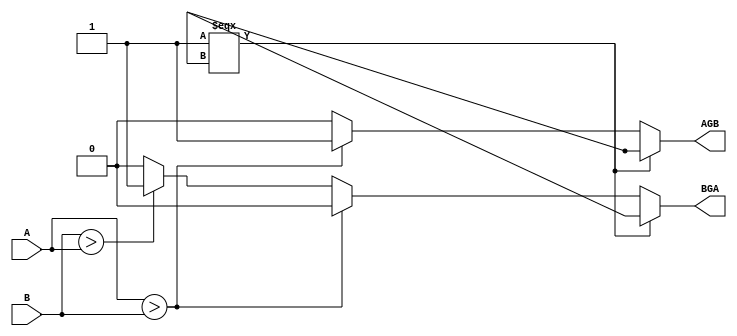
//------------------------------------------------------
// Copyright 1992, 1993 Cascade Design Automation Corporation.
//------------------------------------------------------
module mcomp(A,B,AGB,BGA);
  parameter N = 8;
  parameter DPFLAG = 1;
  parameter GROUP = "dpath1";
  parameter
        d_A = 0,
        d_B = 0,
        d_AGB_r = 1,
        d_AGB_f = 1,
        d_BGA_r = 1,
        d_BGA_f = 1;
  input [(N - 1):0] A;
  input [(N - 1):0] B;
  output  AGB;
  output  BGA;
  wire [(N - 1):0] A_temp;
  wire [(N - 1):0] B_temp;
  reg  AGB_temp;
  reg  BGA_temp;
  assign #(d_A) A_temp = A;
  assign #(d_B) B_temp = B;
  assign #(d_AGB_r,d_AGB_f) AGB = AGB_temp;
  assign #(d_BGA_r,d_BGA_f) BGA = BGA_temp;
  always
    @(A_temp or B_temp)
      begin
      if((((A_temp==A_temp)===1'bx) || ((B_temp==B_temp)===1'bx)))
        begin
        AGB_temp = 1'bx;
        BGA_temp = 1'bx;
        end
      else      if((A_temp > B_temp))
        begin
        AGB_temp = 1'b1;
        BGA_temp = 1'b0;
        end
      else      if((B_temp > A_temp))
        begin
        BGA_temp = 1'b1;
        AGB_temp = 1'b0;
        end
      else
        begin
        BGA_temp = 1'b0;
        AGB_temp = 1'b0;
        end
      end
endmodule